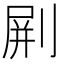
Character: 𠝭